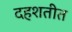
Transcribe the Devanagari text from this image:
दहशतीत